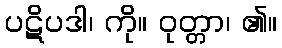
ပဋိပဒါ၊ ကို။ ဝုတ္တာ၊ ၏။